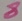
Text: 8